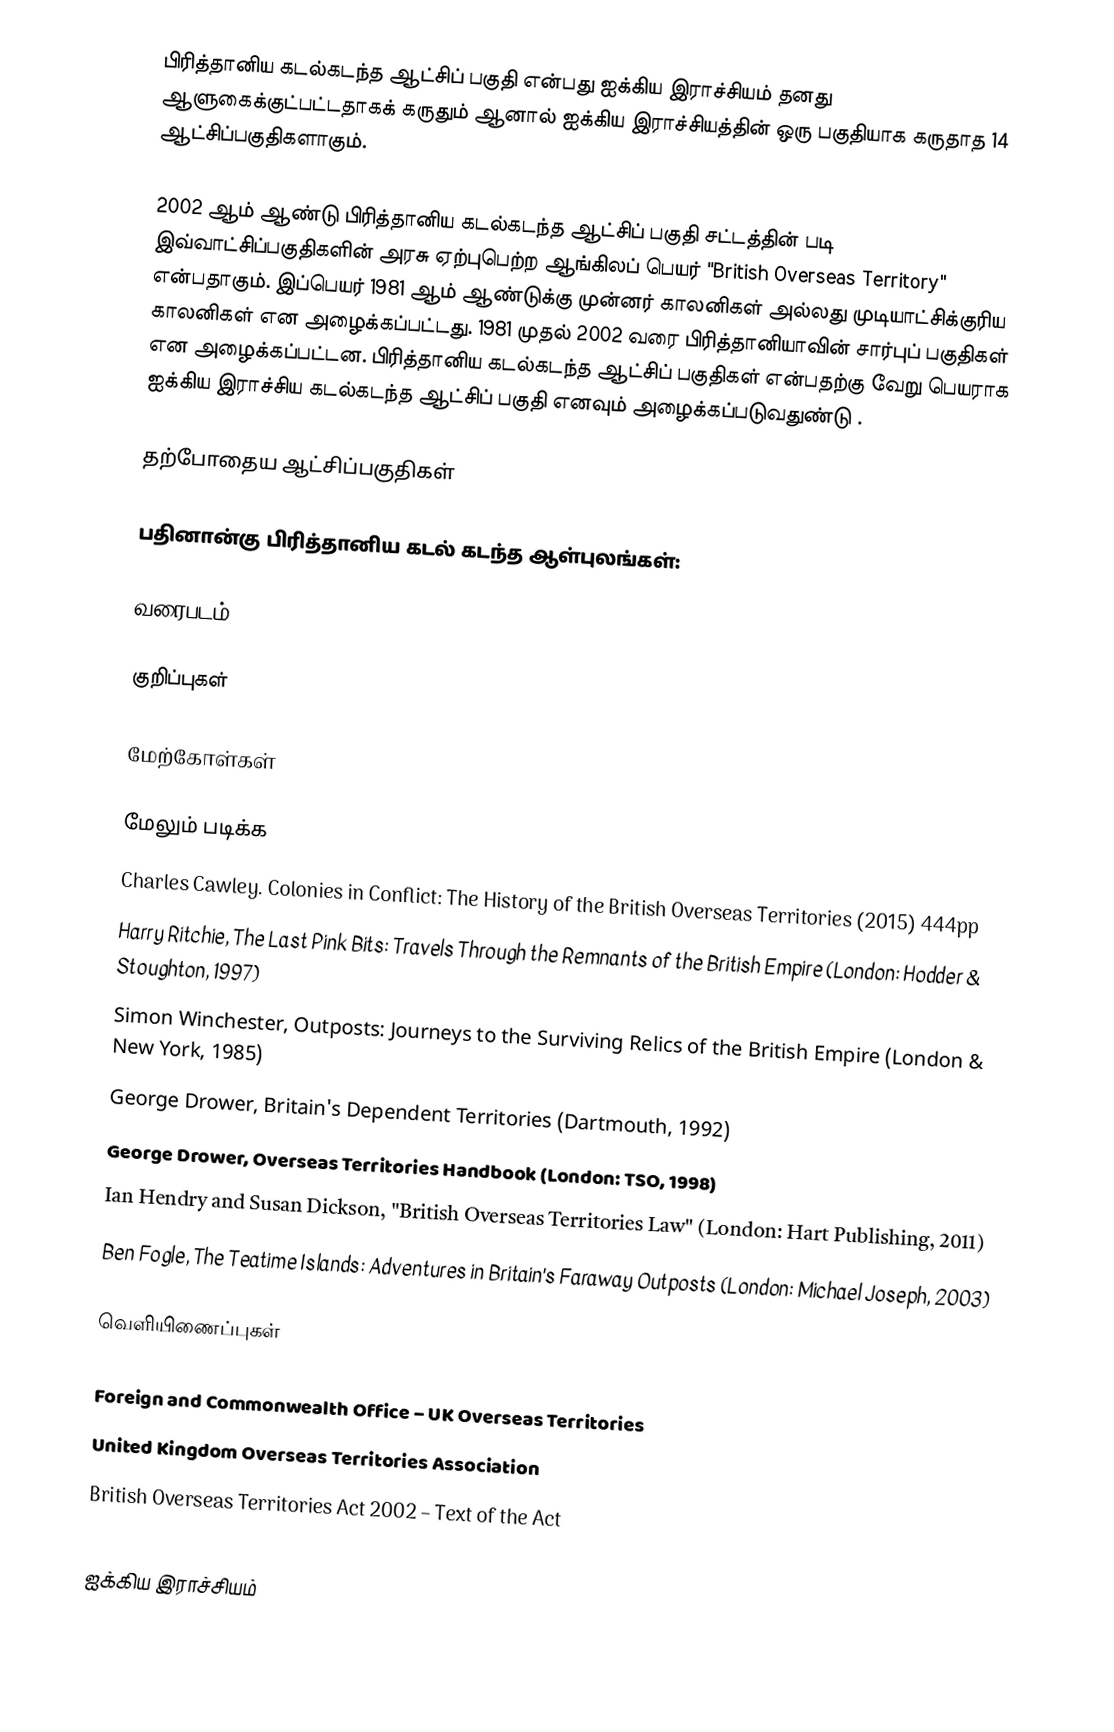
பிரித்தானிய கடல்கடந்த ஆட்சிப் பகுதி என்பது ஐக்கிய இராச்சியம் தனது ஆளுகைக்குட்பட்டதாகக் கருதும் ஆனால் ஐக்கிய இராச்சியத்தின் ஒரு பகுதியாக கருதாத 14 ஆட்சிப்பகுதிகளாகும்.

2002 ஆம் ஆண்டு பிரித்தானிய கடல்கடந்த ஆட்சிப் பகுதி சட்டத்தின் படி இவ்வாட்சிப்பகுதிகளின் அரசு ஏற்புபெற்ற ஆங்கிலப் பெயர் "British Overseas Territory" என்பதாகும். இப்பெயர் 1981 ஆம் ஆண்டுக்கு முன்னர் காலனிகள் அல்லது முடியாட்சிக்குரிய காலனிகள் என அழைக்கப்பட்டது. 1981 முதல் 2002 வரை பிரித்தானியாவின் சார்புப் பகுதிகள் என அழைக்கப்பட்டன. பிரித்தானிய கடல்கடந்த ஆட்சிப் பகுதிகள் என்பதற்கு வேறு பெயராக ஐக்கிய இராச்சிய கடல்கடந்த ஆட்சிப் பகுதி எனவும் அழைக்கப்படுவதுண்டு .

தற்போதைய ஆட்சிப்பகுதிகள்

பதினான்கு பிரித்தானிய கடல் கடந்த ஆள்புலங்கள்:

வரைபடம்

குறிப்புகள்

மேற்கோள்கள்

மேலும் படிக்க
 Charles Cawley. Colonies in Conflict: The History of the British Overseas Territories (2015) 444pp
 Harry Ritchie, The Last Pink Bits: Travels Through the Remnants of the British Empire (London: Hodder & Stoughton, 1997)
 Simon Winchester, Outposts: Journeys to the Surviving Relics of the British Empire (London & New York, 1985)
 George Drower, Britain's Dependent Territories (Dartmouth, 1992)
 George Drower, Overseas Territories Handbook (London: TSO, 1998)
 Ian Hendry and Susan Dickson, "British Overseas Territories Law" (London: Hart Publishing, 2011)
 Ben Fogle, The Teatime Islands: Adventures in Britain's Faraway Outposts (London: Michael Joseph, 2003)

வெளியிணைப்புகள்

 Foreign and Commonwealth Office – UK Overseas Territories
 United Kingdom Overseas Territories Association
 British Overseas Territories Act 2002 – Text of the Act

ஐக்கிய இராச்சியம்